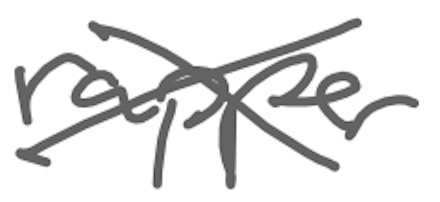
Text: rapper
Cross-out: cross
Writing tool: digital_gray